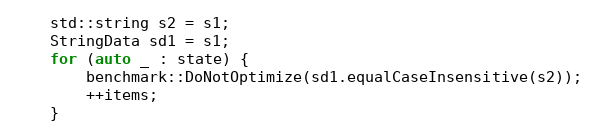
Language: C++
    std::string s2 = s1;
    StringData sd1 = s1;
    for (auto _ : state) {
        benchmark::DoNotOptimize(sd1.equalCaseInsensitive(s2));
        ++items;
    }